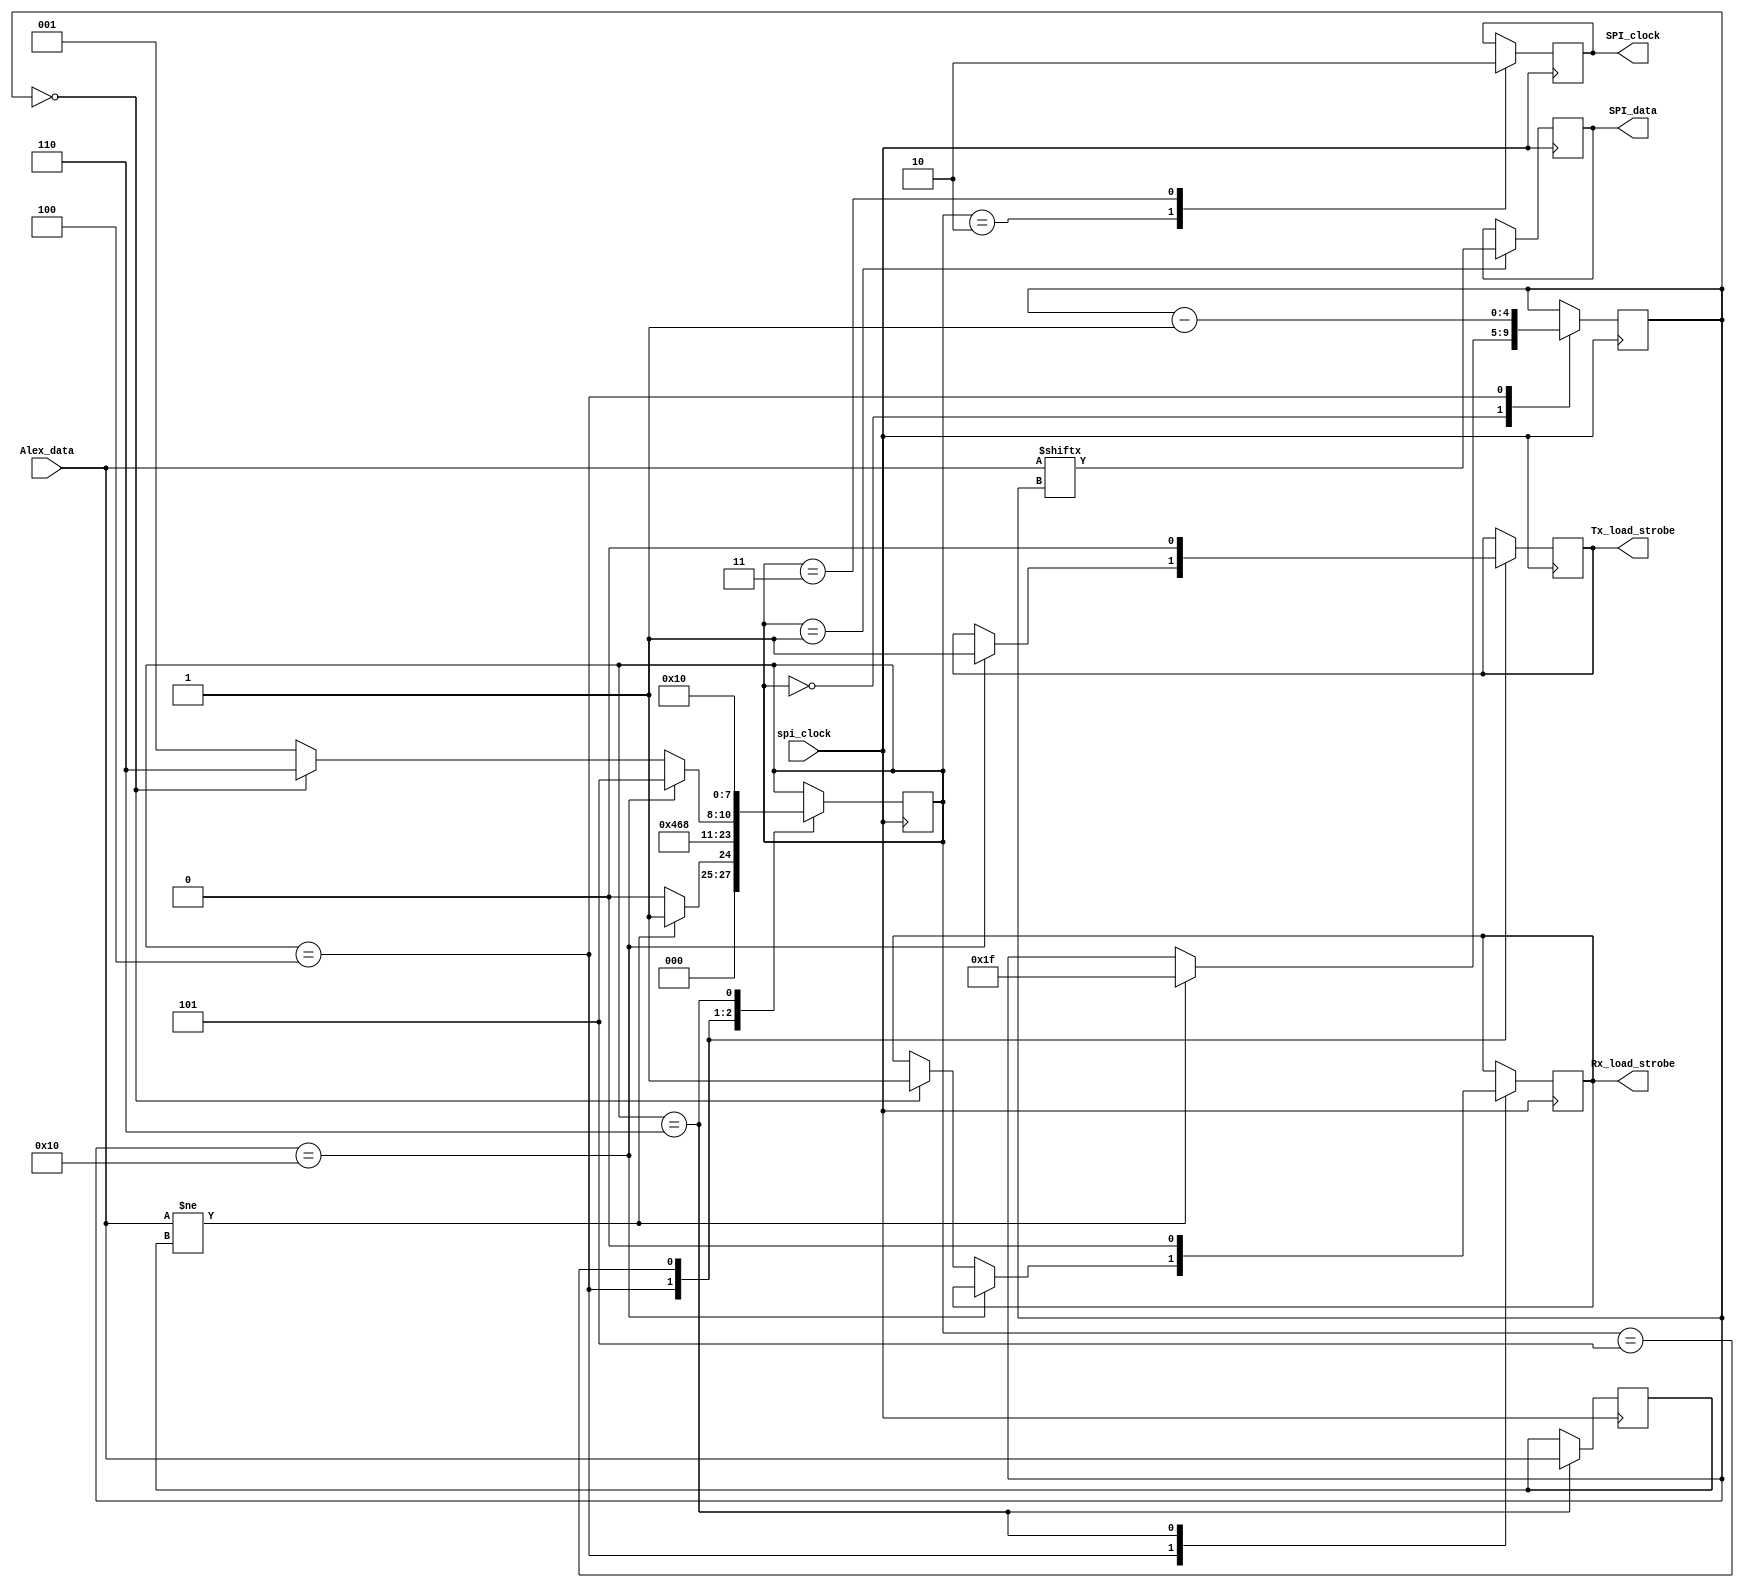
// V1.0 25th October 2007
//
// Copyright 2006,2007 Phil Harman VK6APH
//
//  HPSDR - High Performance Software Defined Radio
//
//  Alex SPI interface.
//
//
//  This program is free software; you can redistribute it and/or modify
//  it under the terms of the GNU General Public License as published by
//  the Free Software Foundation; either version 2 of the License, or
//  (at your option) any later version.
//
//  This program is distributed in the hope that it will be useful,
//  but WITHOUT ANY WARRANTY; without even the implied warranty of
//  MERCHANTABILITY or FITNESS FOR A PARTICULAR PURPOSE.  See the
//  GNU General Public License for more details.
//
//  You should have received a copy of the GNU General Public License
//  along with this program; if not, write to the Free Software
//  Foundation, Inc., 59 Temple Place, Suite 330, Boston, MA  02111-1307  USA


//////////////////////////////////////////////////////////////
//
//		Alex SPI interface
//
//////////////////////////////////////////////////////////////

/*
	data to send to Alex Rx filters is in the folowing format:
	
		Bit 	Function 		I.C. Output
	------ 	------------ 	-----------
	Bit 00 - YELLOW LED 		U2 - D0 		All are active "High"
	Bit 01 - 13 MHz HPF 		U2 - D1
	Bit 02 - 20 MHz HPF 		U2 - D2
	Bit 03 - 6M Preamp 		U2	- D3
	Bit 04 - 9.5 MHz HPF 	U2 - D4
	Bit 05 - 6.5 MHz HPF 	U2 - D5
	Bit 06 - 1.5 MHz HPF 	U2 - D6	
	Bit 07 - N.C. 				U2 - D7
	Bit 08 - XVTR RX In 		U3 - D0
	Bit 09 - RX 2 In 			U3 - D1
	Bit 10 - RX 1 In 			U3 - D2
	Bit 11 - RX 1 Out 		U3 - D3 		Low = Default Receive Path
	Bit 12 - Bypass 			U3 - D4
	Bit 13 - 20 dB Atten. 	U3 - D5
	Bit 14 - 10 dB Atten. 	U3 - D6
	Bit 15 - RED LED 			U3 - D7		
	
	
	data to sent to Alex Tx filters is in the following format:

		Bit 	Function 		I.C. Output
	------ 	------------ 	-----------
	Bit 16 - N.C. 				U2 - D0 		
	Bit 17 - N.C. 				U2 - D1
	Bit 18 - N.C. 				U2 - D2
	Bit 19 - YELLOW LED 		U2 - D3
	Bit 20 - 30/20 Meters 	U2 - D4
	Bit 21 - 60/40 Meters 	U2 - D5
	Bit 22 - 80 Meters 		U2 - D6
	Bit 24 - 160 Meters 		U2 - D7
	Bit 24 - ANT #1 			U4 - D0
	Bit 25 - ANT #2 			U4 - D1
	Bit 26 - ANT #3 			U4 - D2
	Bit 27 - T/R Relay 		U4 - D3 		Transmit is high, Rec Low
	Bit 28 - RED LED 			U4 - D4
	Bit 29 - 6 Mtrs(Bypass) U4 - D5
	Bit 30 - 12/10 Meters 	U4 - D6
	Bit 31 - 17/15 Meters 	U4 - D7	

	Relay selection data is contained in [6:0]LPF
	
	Bit number referes to Alex_data[x]
	
	SPI data is sent to Alex whenever any of the above data changes

*/

module SPI(Alex_data, SPI_data, SPI_clock, Rx_load_strobe, Tx_load_strobe, spi_clock);

input wire[31:0]Alex_data;
output reg SPI_data;
output reg SPI_clock;
output reg Rx_load_strobe;
output reg Tx_load_strobe;
input wire spi_clock;

reg [3:0]spi_state;
reg [4:0]data_count;
reg [31:0]previous_Alex_data;	// used to detect change in data


always @ (posedge spi_clock)
begin
case (spi_state)
0:	begin
		if (Alex_data != previous_Alex_data)begin
			data_count <= 31;				// set starting bit count to 31
			spi_state <= 1;
		end
		else spi_state <= 0; 			// wait for Alex data to change
	end		
1:	begin
	SPI_data <= Alex_data[data_count];	// set up data to send
	spi_state <= 2;
	end
2:	begin
	SPI_clock <= 1'b1;					// set clock high
	spi_state <= 3;
	end
3:	begin
	SPI_clock <= 1'b0;					// set clock low
	spi_state <= 4;
	end
4:	begin
		if (data_count == 16)begin		// transfer complete
			Tx_load_strobe <= 1'b1; 	// strobe Tx data
			spi_state <= 5;
		end
		else if(data_count == 0) begin
			Rx_load_strobe <= 1'b1;
			spi_state <= 6;
		end 
		else spi_state  <= 1;  			// go round again
	data_count <= data_count - 1'b1;
	end
5:	begin
	Tx_load_strobe <= 1'b0;				// reset Tx strobe
	spi_state <= 1;						// now do Rx data
	end
6:	begin
	Rx_load_strobe <= 1'b0;				// reset Rx strobe
	previous_Alex_data <= Alex_data; // save current data
	spi_state <= 0;						// reset for next run
	end
	
endcase
end

endmodule